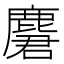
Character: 麏